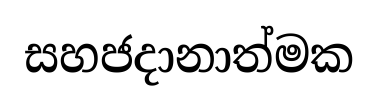
සහජදානාත්මක